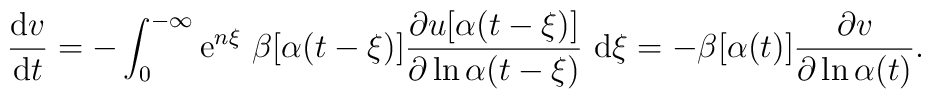
\frac{{\rm d}v}{{\rm d}t}=-\int_{0}^{-\infty }{\rm e}^{n\xi }\,\,\beta[\alpha (t-\xi )]\frac{\partial u[\alpha (t-\xi )]}{\partial \ln\alpha(t-\xi )}\,\,{\rm d}\xi =-\beta [\alpha (t)]\frac{\partial v}{\partial\ln\alpha (t)}.